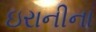
ઇરાનીના